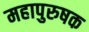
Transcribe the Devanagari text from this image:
महापुरुषक